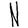
Character: N